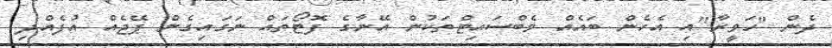
ދެން "ހަވީރާ"އި އެހެން ބައެއް ވެބްސައިޓްތަކުން އޭނާގެ ފޮޓޯތައް ނަގައިގެން ޕޭޖެއް އުފެއްދި